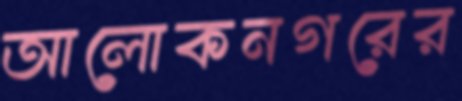
আলোকনগরের